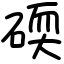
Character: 碝